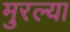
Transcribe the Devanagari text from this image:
मुरल्या